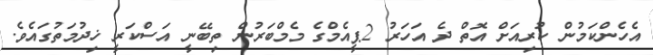
އެހެންކަމުން ކުރިއަށް އޮތް ދެ އަހަރު 2ޕީއެމްގެ މެމްބަރުން ތިބޭނީ އަސްކަރީ ޚިދުމަތުގައެވެ.